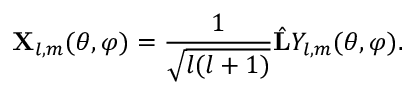
\mathbf { X } _ { l , m } ( \theta , \varphi ) = \frac { 1 } { \sqrt { l ( l + 1 ) } } \hat { \mathbf { L } } Y _ { l , m } ( \theta , \varphi ) .